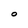
Character: O